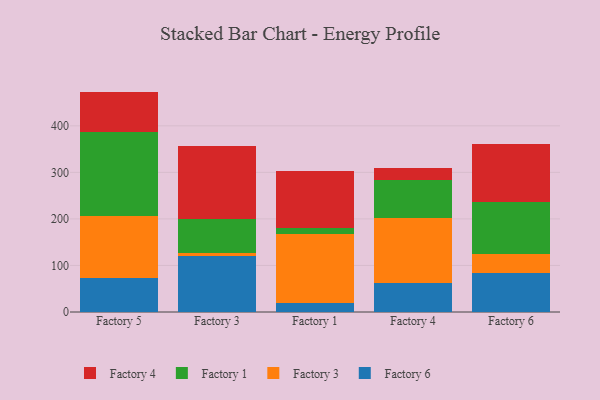
{"axis": {"x": "Factory", "y": "Gross Profit (USD K)"}, "legend": ["Factory 1", "Factory 3", "Factory 4", "Factory 6"], "data": [{"x": "Factory 5", "y": 72.9, "type": "Factory 6"}, {"x": "Factory 5", "y": 134.4, "type": "Factory 3"}, {"x": "Factory 5", "y": 179.6, "type": "Factory 1"}, {"x": "Factory 5", "y": 86.6, "type": "Factory 4"}, {"x": "Factory 3", "y": 120.3, "type": "Factory 6"}, {"x": "Factory 3", "y": 6.6, "type": "Factory 3"}, {"x": "Factory 3", "y": 72.8, "type": "Factory 1"}, {"x": "Factory 3", "y": 156.6, "type": "Factory 4"}, {"x": "Factory 1", "y": 19.5, "type": "Factory 6"}, {"x": "Factory 1", "y": 149.0, "type": "Factory 3"}, {"x": "Factory 1", "y": 11.6, "type": "Factory 1"}, {"x": "Factory 1", "y": 123.7, "type": "Factory 4"}, {"x": "Factory 4", "y": 61.6, "type": "Factory 6"}, {"x": "Factory 4", "y": 141.1, "type": "Factory 3"}, {"x": "Factory 4", "y": 81.7, "type": "Factory 1"}, {"x": "Factory 4", "y": 24.2, "type": "Factory 4"}, {"x": "Factory 6", "y": 83.4, "type": "Factory 6"}, {"x": "Factory 6", "y": 41.9, "type": "Factory 3"}, {"x": "Factory 6", "y": 110.2, "type": "Factory 1"}, {"x": "Factory 6", "y": 126.0, "type": "Factory 4"}]}